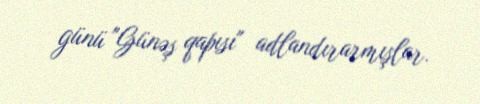
günü "Günəş qapısı" adlandırarmışlar.